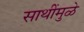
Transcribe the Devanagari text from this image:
साथींमुळे